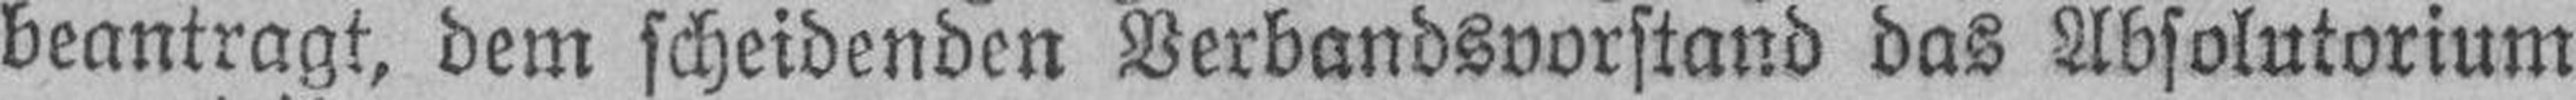
beantragt, dem scheidenden Verbandsvorstand das Absolutorium